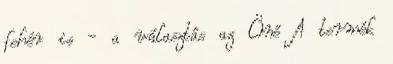
fehér is - a választás az Öné A termék